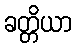
ခတ္တိယာ